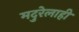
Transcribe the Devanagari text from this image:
मदुरेलाही